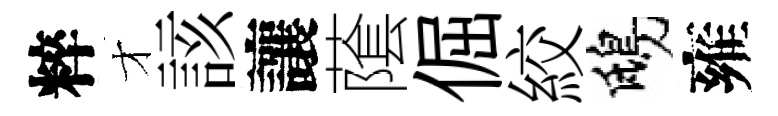
粹才該讓䕃倔絞鴟雍